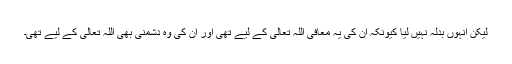
لیکن انہوں بدلہ نہیں لیا کیونکہ ان کی یہ معافی اللہ تعالیٰ کے لیے تھی اور ان کی وہ دشمنی بھی اللہ تعالیٰ کے لیے تھی۔